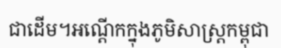
ជាដើម។អណ្តើកក្នុងភូមិសាស្ត្រកម្ពុជា